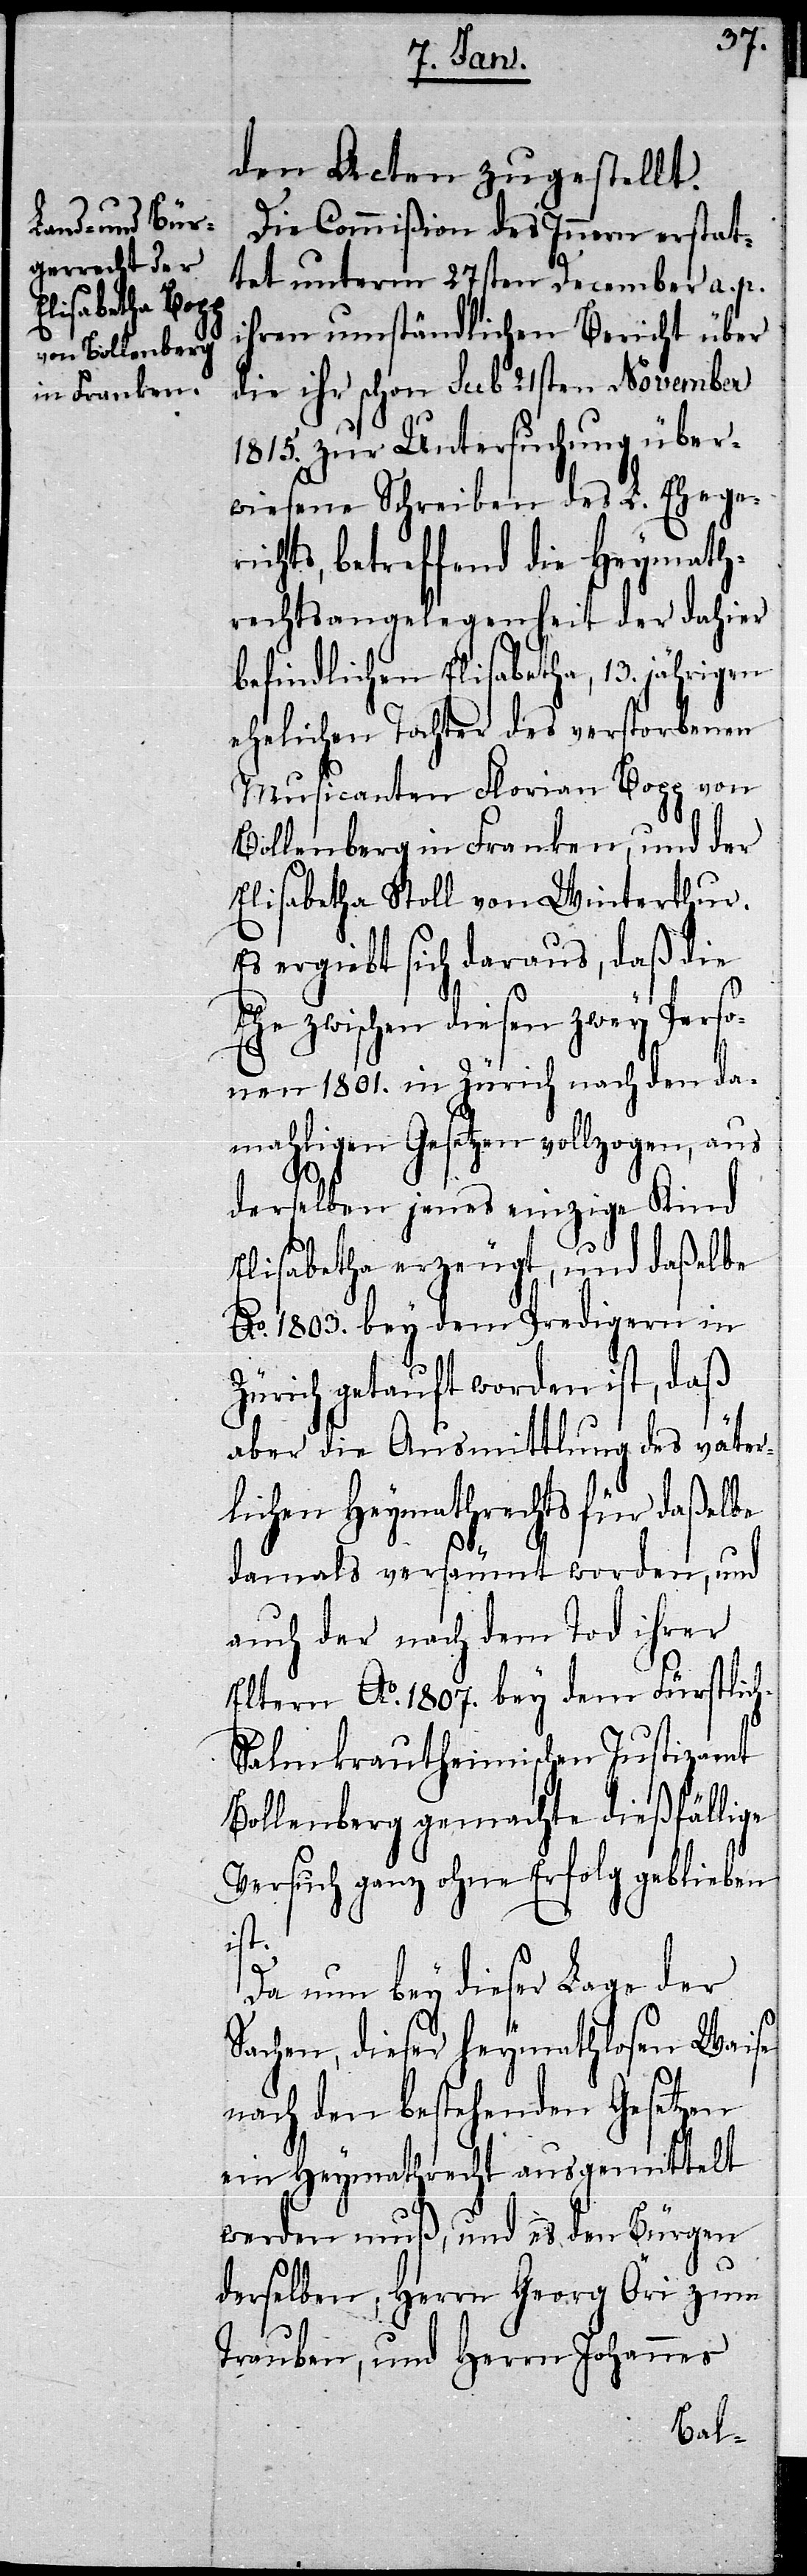
den Acten zugestellt.
Die Commißion des Innern erstat¬
tet unterm 27sten December a. p.
ihren umständlichen Bericht über
die ihr schon sub 21sten November
1815. zur Untersuchung über¬
wiesene Schreiben des L. Ehege¬
richts, betreffend die Heymath¬
rechtsangelegenheit der dahier
befindlichen Elisabetha, 13. jährigen
ehelichen Tochter des verstorbenen
Musicanten Florian Bopp von
Bollenberg in Franken, und der
Elisabetha Stoll von Winterthur.
Es ergiebt sich daraus, daß die
Ehe zwischen diesen zwey Perso¬
nen 1801. in Zürich nach den da¬
mahligen Gesetzen vollzogen, aus
derselben jenes einzige Kind
Elisabetha erzeugt, und daßelbe
Ao. 1803. bey dem Predigern in
Zürich getauft worden ist, daß
aber die Ausmittlung des väter¬
lichen Heymathrechts für daßelbe
damals versäumt worden, und
auch der nach dem Tod ihrer
Eltern Ao. 1807. bey dem Fürstlic¬
h-Salmkrautheimischen Justizamt
Bollenberg gemachte dießfällige
Versuch ganz ohne Erfolg geblieben
ist.
Da nun bey dieser Lage der
Sachen, dieser heymathlosen Waise
nach den bestehenden Gesetzen
ein Heymathrecht ausgemittelt
werden muß, und es den Bürgen
derselben, Herrn Georg Öri zum
Trauben, und Herrn Johannes